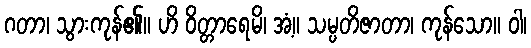
ဂတာ၊ သွားကုန်၏။ ဟိ ဝိတ္တာရေမိ၊ အံ့။ သမ္ပတိဇာတာ၊ ကုန်သော။ ဝါ၊